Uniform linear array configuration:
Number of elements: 8
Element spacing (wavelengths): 0.25
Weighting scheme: uniform
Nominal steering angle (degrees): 60
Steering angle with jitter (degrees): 59.833
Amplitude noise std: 0.05
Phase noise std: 0.05

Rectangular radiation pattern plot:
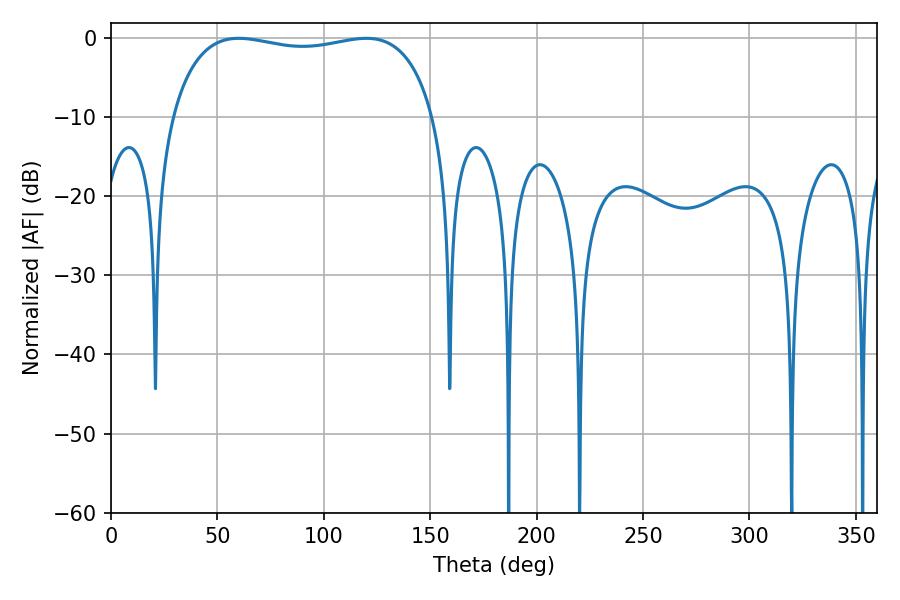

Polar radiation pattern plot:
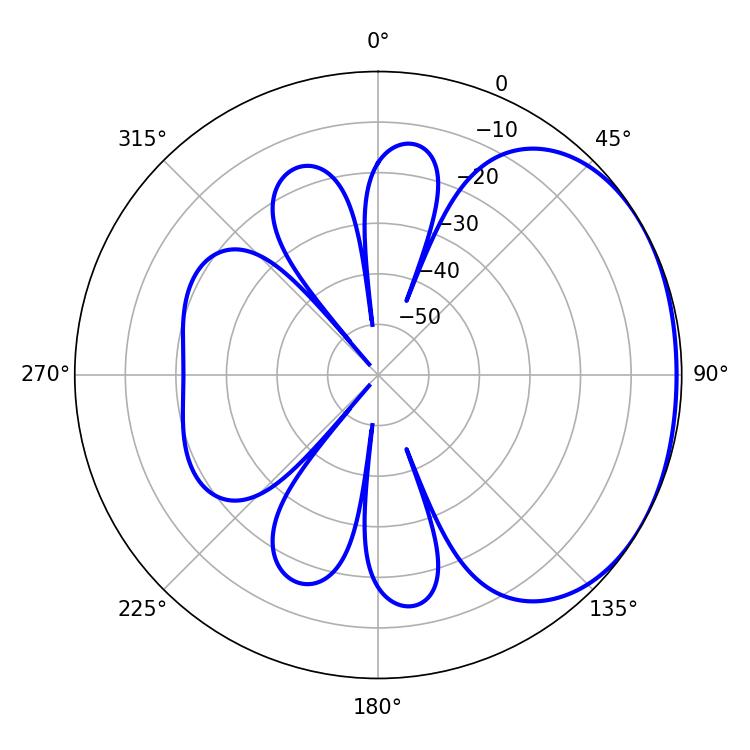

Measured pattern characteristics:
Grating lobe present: FALSE
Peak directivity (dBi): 1.597
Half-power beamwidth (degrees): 100.08
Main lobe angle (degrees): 60.12